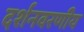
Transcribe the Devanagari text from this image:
दर्शनवरणीय